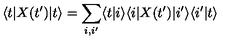
\langle t | X ( t ^ { \prime } ) | t \rangle = \sum _ { i , i ^ { \prime } } \langle t | i \rangle \langle i | X ( t ^ { \prime } ) | i ^ { \prime } \rangle \langle i ^ { \prime } | t \rangle